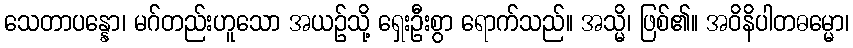
သေတာပန္နော၊ မဂ်တည်းဟူသော အယဉ်သို့ ရှေးဦးစွာ ရောက်သည်။ အသ္မိ၊ ဖြစ်၏။ အဝိနိပါတဓမ္မော၊